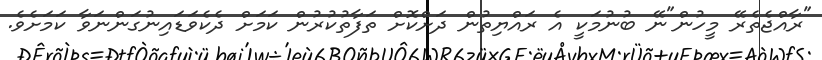
"ރާއްޖެތެރޭ މީހުން"ނޭ ބުނުމަކީ އެ ރައްޔިތުން ދަށްކޮށް ތަފާތުކުރުން ކަމަށް ދެކެވަޑައިނުގަންނަވާ ކަމަށެވެ.